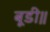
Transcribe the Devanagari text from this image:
बूडी॥